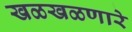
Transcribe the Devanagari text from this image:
खळखळणारे